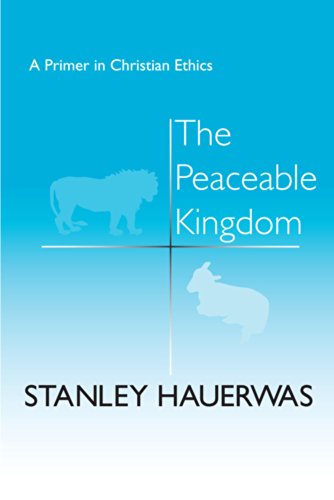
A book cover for The Peaceable Kingdom: A Primer In Christian Ethics; Stanley Hauerwas; Politics & Social Sciences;